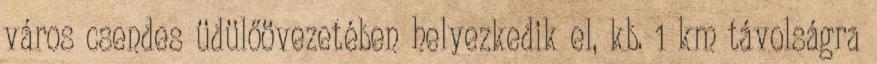
város csendes üdülőövezetében helyezkedik el, kb. 1 km távolságra